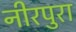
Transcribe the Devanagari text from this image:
नीरपुरा